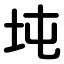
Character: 坉